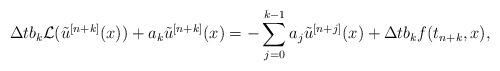
LaTeX: \begin{align*}\Delta t b_k \mathcal{L}(\tilde{u}^{[n+k]}(x)) + a_k \tilde{u}^{[n+k]}(x)=-\sum_{j=0}^{k-1}a_j \tilde{u}^{[n+j]}(x)+ \Delta t b_k f(t_{n+k},x),\end{align*}